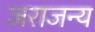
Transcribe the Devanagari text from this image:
जराजन्य